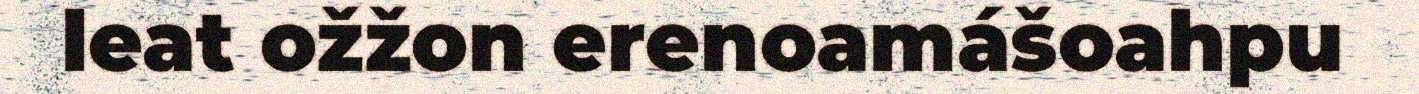
leat ožžon erenoamášoahpu